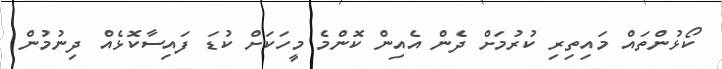
ކޯޅުންތައް މައިތިރި ކުރުމަށް ދެން އެއިން ކޮންމެ މީހަކަށް ކުޑަ ފައިސާކޮޅެއް ދިނުމުން